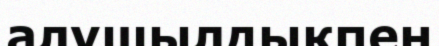
алушылдықпен